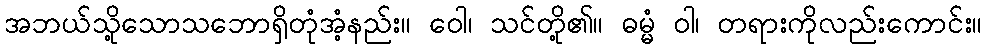
အဘယ်သို့သောသဘောရှိတုံအံ့နည်း။ ဝေါ၊ သင်တို့၏။ ဓမ္မံ ဝါ၊ တရားကိုလည်းကောင်း။